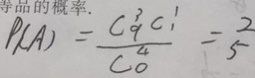
P ( A ) = \frac { C _ { 9 } ^ { 3 } C _ { 1 } ^ { 1 } } { C _ { 0 } ^ { 4 } } = \frac { 2 } { 5 }